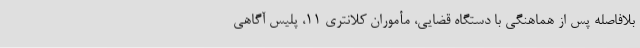
بلافاصله پس از هماهنگی با دستگاه قضایی، مأموران کلانتری ۱۱، پلیس آگاهی